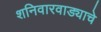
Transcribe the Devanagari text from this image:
शनिवारवाड्याचे